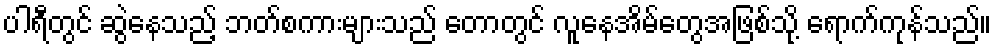
ပါရီတွင် ဆွဲနေသည့် ဘတ်စကားများသည် တောတွင် လူနေအိမ်တွေအဖြစ်သို့ ရောက်ကုန်သည်။